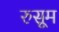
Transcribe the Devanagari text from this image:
रुसूम